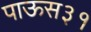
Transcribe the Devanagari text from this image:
पाऊस३१